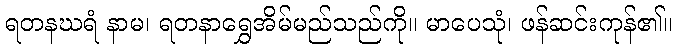
ရတနဃရံ နာမ၊ ရတနာရွှေအိမ်မည်သည်ကို။ မာပေသုံ၊ ဖန်ဆင်းကုန်၏။